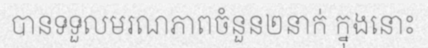
បានទទួលមរណភាពចំនួន២នាក់ ក្នុងនោះ